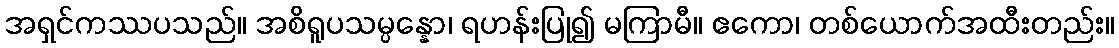
အရှင်ကဿပသည်။ အစိရူပသမ္ပန္နော၊ ရဟန်းပြု၍ မကြာမီ။ ဧကော၊ တစ်ယောက်အထီးတည်း။